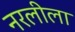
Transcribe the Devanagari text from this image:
नरलीला